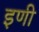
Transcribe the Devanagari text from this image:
इणी